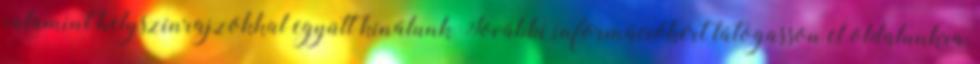
valamint helyszínrajzokkal együtt kínálunk További információkért látogasson el oldalunkra,